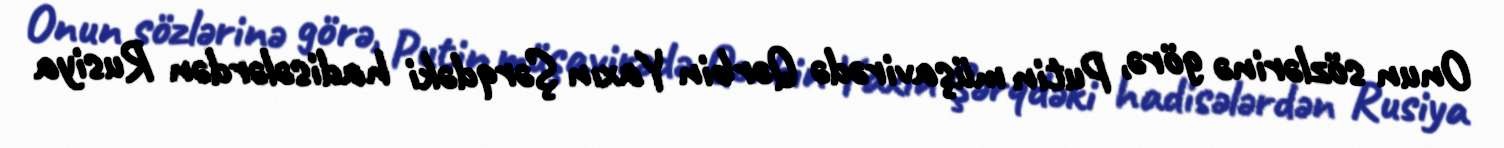
Onun sözlərinə görə, Putin müşavirədə Qərbin Yaxın Şərqdəki hadisələrdən Rusiya